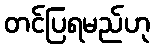
တင်ပြရမည်ဟု